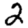
Digit: 2